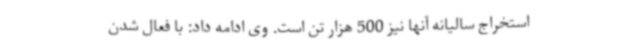
استخراج سالیانه آنها نیز 500 هزار تن است. وی ادامه داد: با فعال شدن